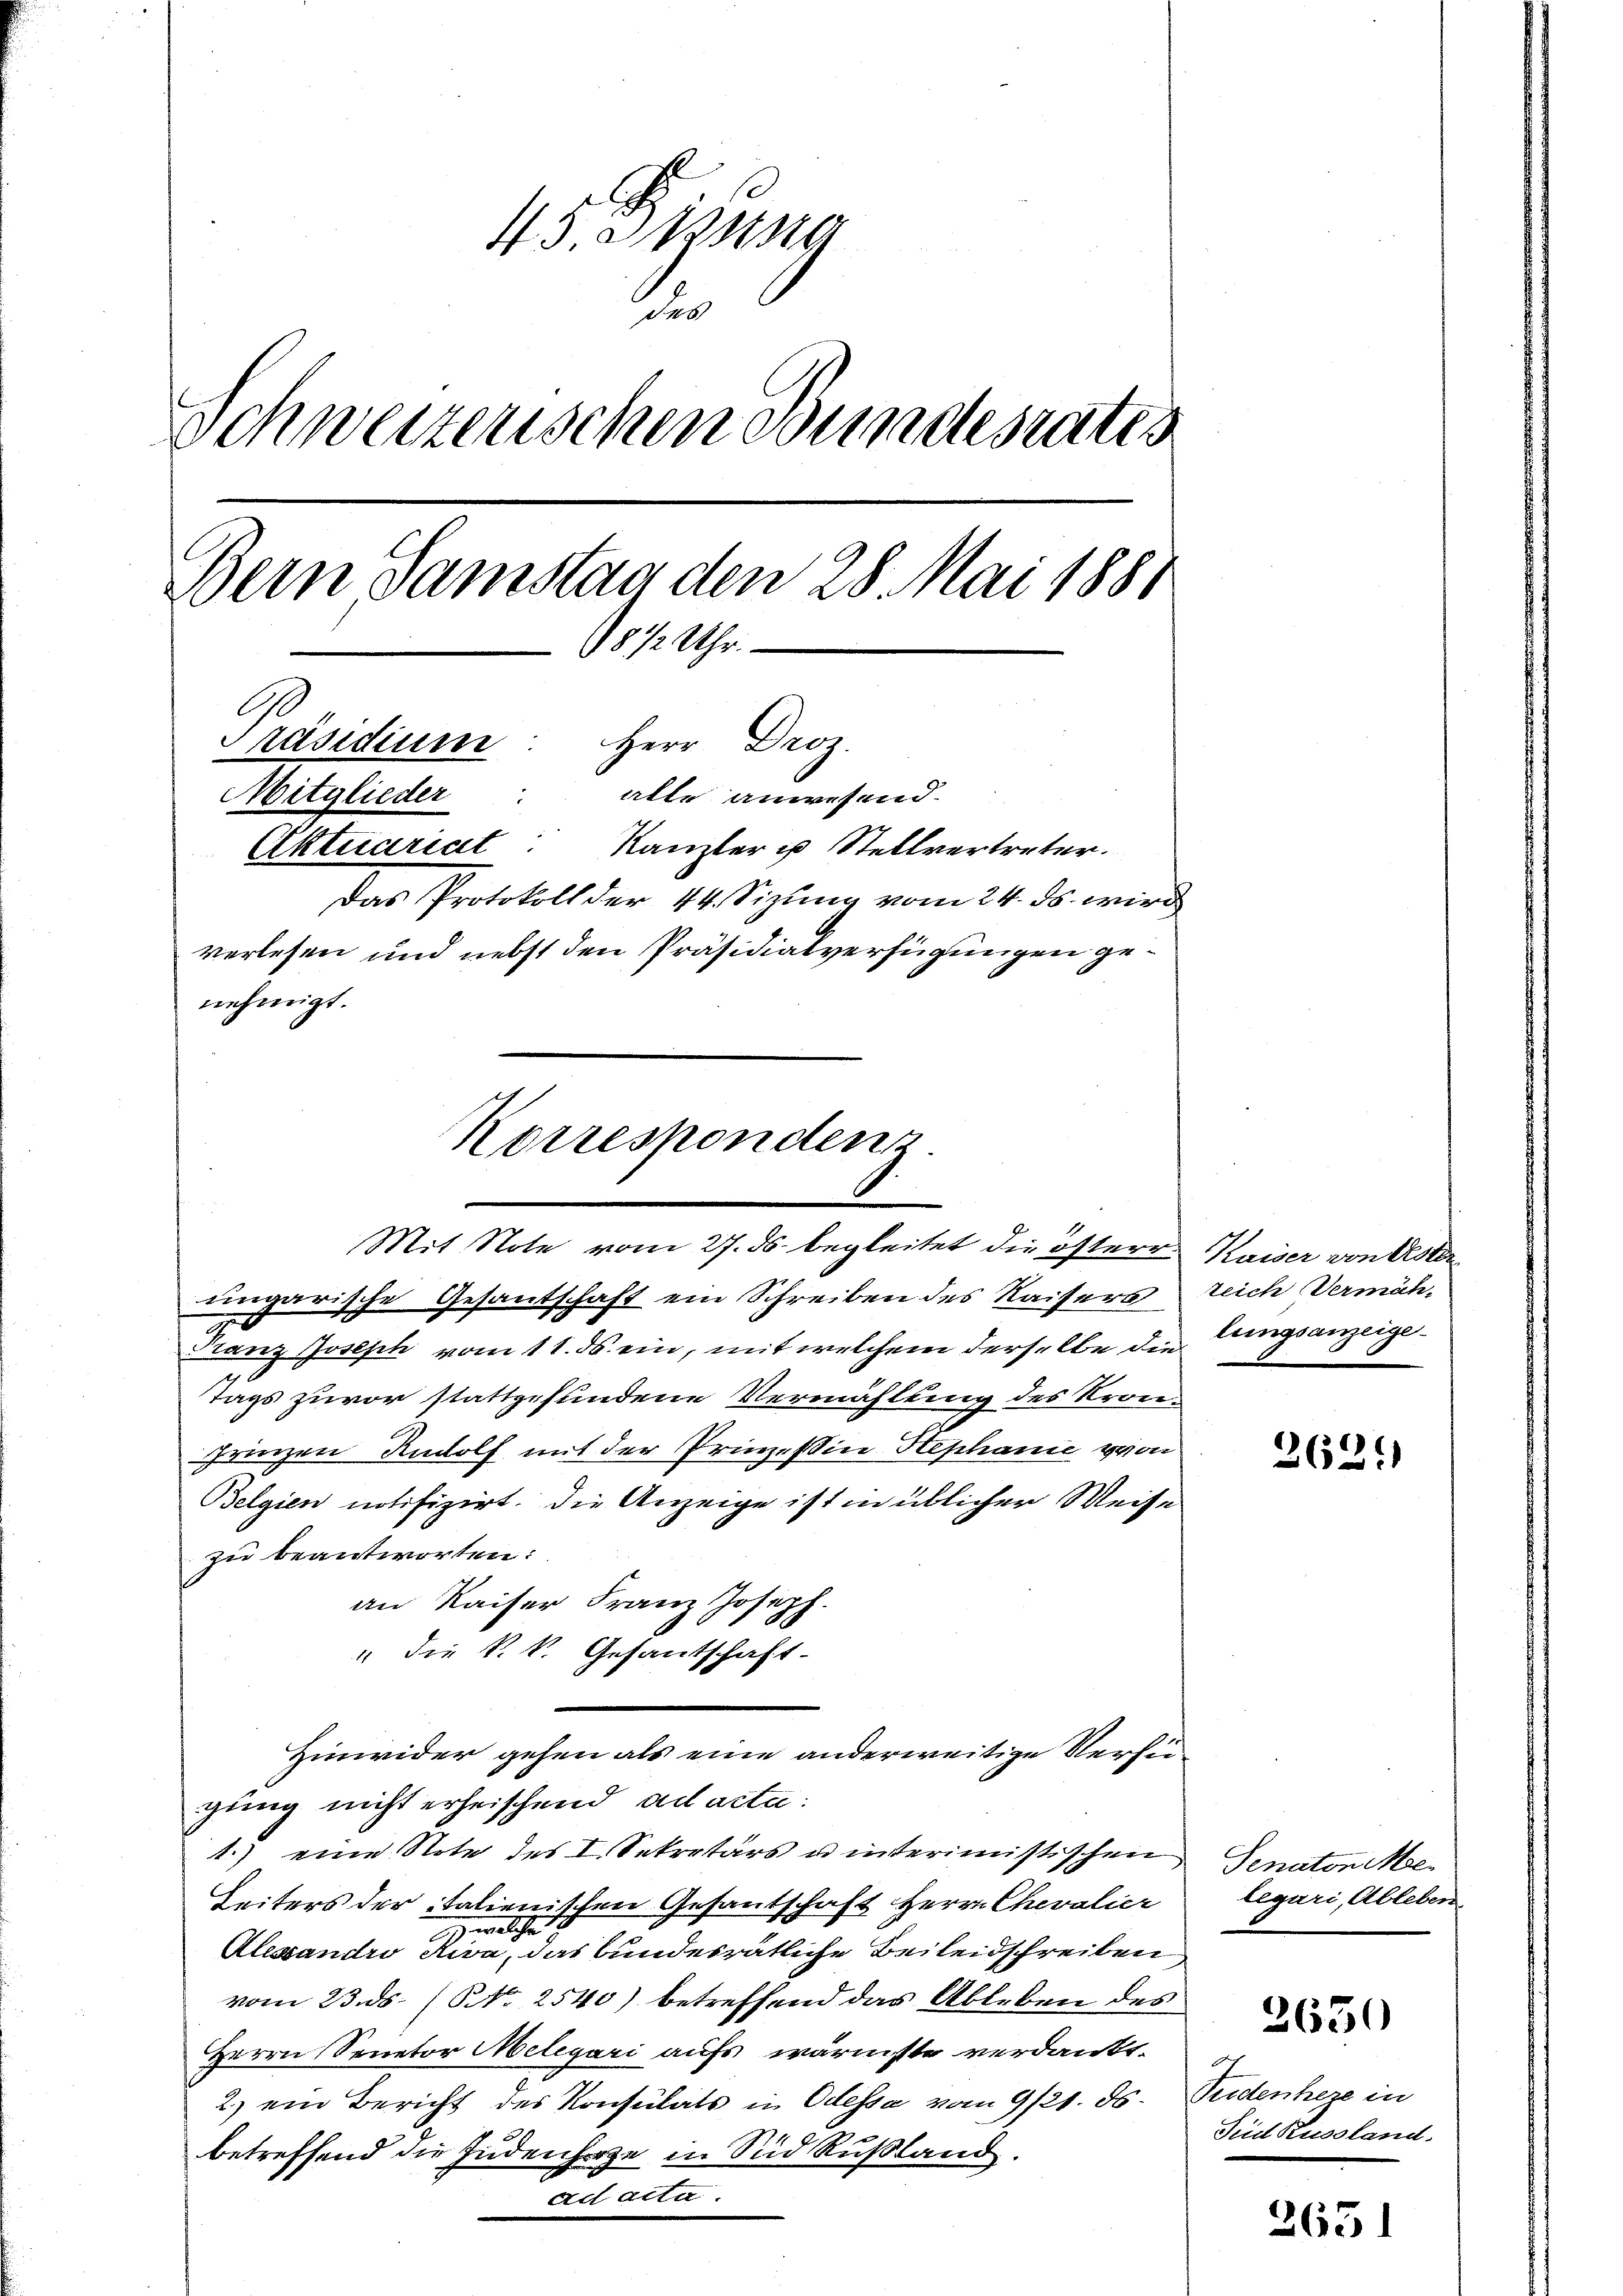
43. Dessa
des
Schweizerischen Bundesrates
Bern Samstag den 28. Mai 1881
1812 Uhr.
Präsidium Herr Droz.
Mitglieder: alle anwesend.
Aktuariat Kanzler u Stellvertreter.
Das Protokoll der 44 Sizung vom 24. ds. wird
verlesen und nebst den Präsidialverfügungen genehmigt.

Korrespondenz.
Mit Note vom 27. ds. begleitet die österr

ungarische Gesantschaft ein Schreiben des Kaisers
Franz Jostsch vom 11. ds. ein, mit welchem derselbe die
Tags zuvor stattgefundene Vermählung des Kron-
prinzen Rudolf mit der Prinzessin Stephanić von
Belgien notifizirt, die Anzeige ist in üblicher Weise
zu beantworten:
an Kaiser Franz Joseph.
" die k.k. Gesantschaft-
Hinwider gehen als eine anderweitige Verfügung nicht erheischend ad acta:
1.) eine Note des I. Sekretärs u interimistischen
Seiters der italienischen Gesantschaft Herrn Chevalier
 welche
Alexandro Riva, das bundesrätliche Beileidschreiben
vom 23. ds. (NNo. 2540) betreffend das Ableben des
Herrn Senetor Melegari aufs wärmste verdankt.
2.) ein Bericht des Konsulats in Odessa vom 9/21. ds. Seidenhere in
betreffend die Judenhorge in Sud Rußland.
Act acta.

Kaiser von Oster
zeich Vermäh-
lungsanzeige.

262.

Senaton Meleguri, Ableben.

2650

2651

Süd Russland.